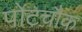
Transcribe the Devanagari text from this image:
पोटचौक